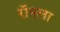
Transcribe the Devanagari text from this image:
रॉनला